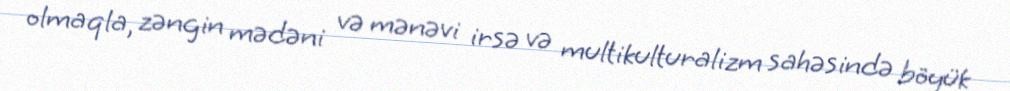
olmaqla, zəngin mədəni və mənəvi irsə və multikulturalizm sahəsində böyük